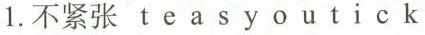
1.不紧张 t e a s y o u t i c k